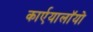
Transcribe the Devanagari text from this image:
कार्एयालाॅयो